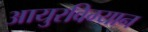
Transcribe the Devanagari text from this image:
आयुरविग्यान